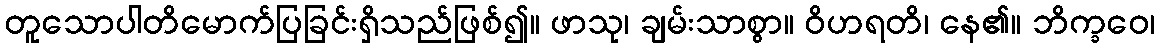
တူသောပါတိမောက်ပြခြင်းရှိသည်ဖြစ်၍။ ဖာသု၊ ချမ်းသာစွာ။ ဝိဟရတိ၊ နေ၏။ ဘိက္ခဝေ၊